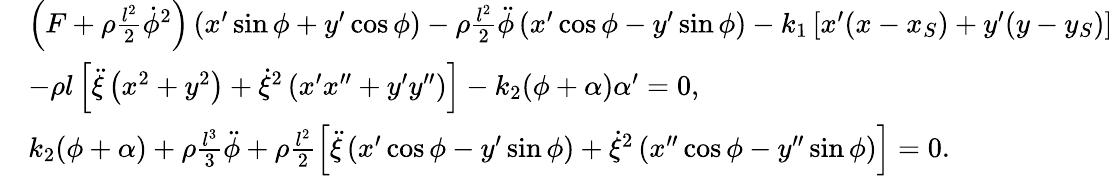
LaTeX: \begin{array}{rl}&{\left(F+\rho\frac{l^{2}}{2}\dot{\phi}^{2}\right)\left(x^{\prime}\sin\phi+y^{\prime}\cos\phi\right)-\rho\frac{l^{2}}{2}\ddot{\phi}\left(x^{\prime}\cos\phi-y^{\prime}\sin\phi\right)-k_{1}\left[x^{\prime}(x-x_{S})+y^{\prime}(y-y_{S})\right]}\\ &{-\rho l\left[\ddot{\xi}\left(x^{2}+y^{2}\right)+\dot{\xi}^{2}\left(x^{\prime}x^{\prime\prime}+y^{\prime}y^{\prime\prime}\right)\right]-k_{2}(\phi+\alpha)\alpha^{\prime}=0,}\\ &{k_{2}(\phi+\alpha)+\rho\frac{l^{3}}{3}\ddot{\phi}+\rho\frac{l^{2}}{2}\left[\ddot{\xi}\left(x^{\prime}\cos\phi-y^{\prime}\sin\phi\right)+\dot{\xi}^{2}\left(x^{\prime\prime}\cos\phi-y^{\prime\prime}\sin\phi\right)\right]=0.}\end{array}